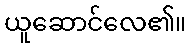
ယူဆောင်လေ၏။